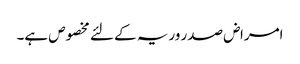
امراض صدر وریہ کے لئے مخصوص ہے۔